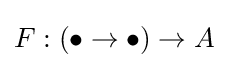
F:(\bullet \to \bullet )\to A